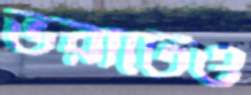
ভরাটেও